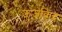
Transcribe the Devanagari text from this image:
ऊर्जाकेंद्र